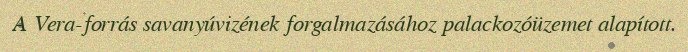
A Vera-forrás savanyúvizének forgalmazásához palackozóüzemet alapított.